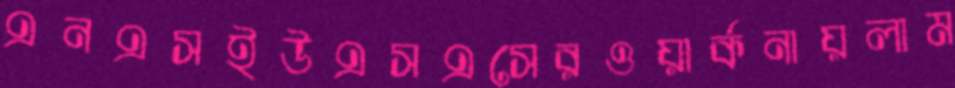
এনএসইউএসএসেরওয়ার্কনায়লাম